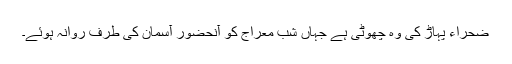
ضحراء پہاڑ کی وہ چھوٹی ہے جہاں شب معراج کو آنحضور آسمان کی طرف روانہ ہوئے۔